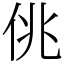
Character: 佻